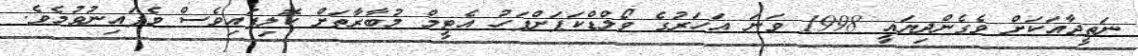
ނަތީޖާއަކަށް ވެގެންދިޔައީ 1998 ވަނަ އަހަރުގެ ވޯލްޑްކަޕަށްފަހު އެޓީމް މުބާރާތަށް ކޮލިފައިވެސް ވެފައިނުވުމެވެ.